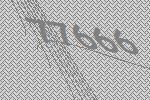
77666